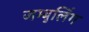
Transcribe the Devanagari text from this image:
जम्बुलिंग